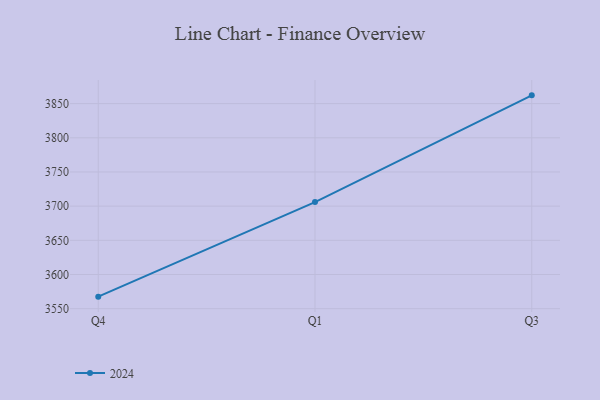
{"axis": {"x": "Quarter", "y": "Demand Index"}, "legend": ["2024"], "data": [{"x": "Q4", "y": 3567.6, "type": "2024"}, {"x": "Q1", "y": 3706.0, "type": "2024"}, {"x": "Q3", "y": 3862.1, "type": "2024"}]}